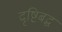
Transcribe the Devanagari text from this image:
दृष्टिबद्ध